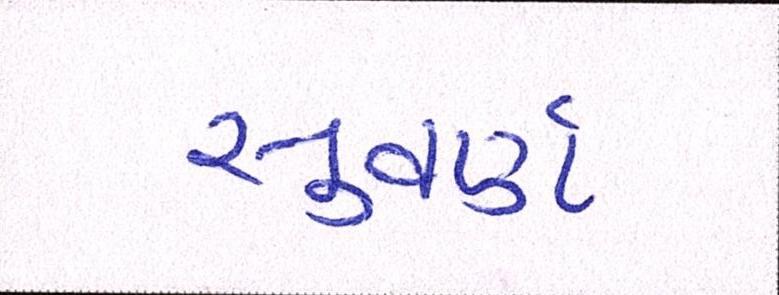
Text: સુવર્ણ